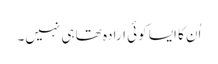
اُن کا ایسا کوئی ارادہ تھا ہی نہیں۔